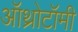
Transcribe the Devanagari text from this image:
ऑथ्रोटॉमी